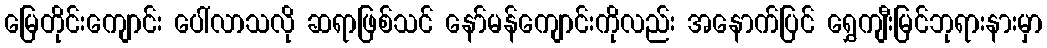
မြေတိုင်းကျောင်း ပေါ်လာသလို ဆရာဖြစ်သင် နော်မန်ကျောင်းကိုလည်း အနောက်ပြင် ရွှေကျီးမြင်ဘုရားနားမှာ